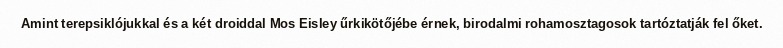
Amint terepsiklójukkal és a két droiddal Mos Eisley űrkikötőjébe érnek, birodalmi rohamosztagosok tartóztatják fel őket.